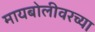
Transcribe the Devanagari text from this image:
मायबोलीवरच्या